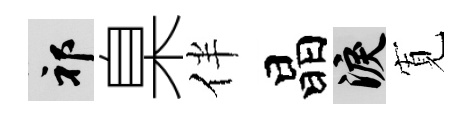
祁臬伴晶泪𡩖